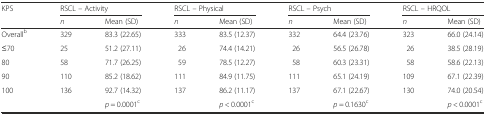
| KPS | <COLSPAN=2> RSCL – Activity | <COLSPAN=2> RSCL – Physical | <COLSPAN=2> RSCL – Psych | <COLSPAN=2> RSCL – HRQOL |
 |  | n | Mean (SD) | n | Mean (SD) | n | Mean (SD) | n | Mean (SD) |
 | --- | --- | --- | --- | --- | --- | --- | --- | --- |
 | Overallb | 329 | 83.3 (22.65) | 333 | 83.5 (12.37) | 332 | 64.4 (23.76) | 323 | 66.0 (24.14) |
 | ≤70 | 25 | 51.2 (27.11) | 26 | 74.4 (14.21) | 26 | 56.5 (26.78) | 26 | 38.5 (28.19) |
 | 80 | 58 | 71.7 (26.25) | 59 | 78.5 (12.27) | 58 | 60.3 (23.31) | 58 | 58.6 (22.13) |
 | 90 | 110 | 85.2 (18.62) | 111 | 84.9 (11.75) | 111 | 65.1 (24.19) | 109 | 67.1 (22.39) |
 | 100 | 136 | 92.7 (14.32) | 137 | 86.2 (11.17) | 137 | 67.1 (22.67) | 130 | 74.0 (20.54) |
 |  |  | p = 0.0001c |  | p < 0.0001c |  | p = 0.1630c |  | p < 0.0001c |